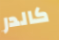
كالدر